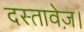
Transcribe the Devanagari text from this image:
दस्तावेज़।